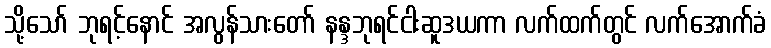
သို့သော် ဘုရင့်နောင် အလွန်သားတော် နန္ဒဘုရင်ငါးဆူဒယကာ လက်ထက်တွင် လက်အောက်ခံ